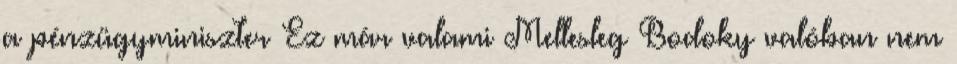
a pénzügyminiszter Ez már valami Mellesleg Bodoky valóban nem